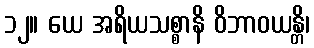
၁၂။ ယေ အရိယသစ္စာနိ ဝိဘာဝယန္တိ၊